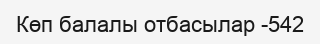
Көп балалы отбасылар -542